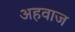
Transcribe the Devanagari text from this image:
अहवाज